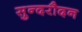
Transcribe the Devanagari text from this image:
सुन्दरौदन